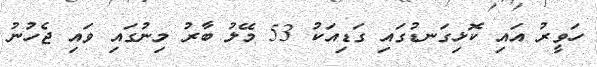
ހަވީރު އައި ކޮޅިގަނޑުގައި ގަޑިއަކު 53 މޭލު ބާރު މިނުގައި ވައި ޖެހުނު